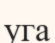
уга